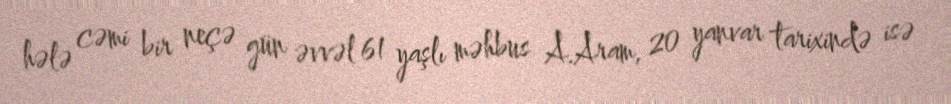
hələ cəmi bir neçə gün əvvəl 61 yaşlı məhbus A.Aram, 20 yanvar tarixində isə